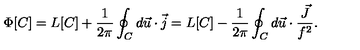
\Phi [ C ] = L [ C ] + \frac { 1 } { 2 \pi } \oint _ { C } d \vec { u } \cdot \vec { j } = L [ C ] - \frac { 1 } { 2 \pi } \oint _ { C } d \vec { u } \cdot \frac { \vec { J } } { f ^ { 2 } } .